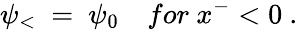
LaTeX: \psi_{<}~=~\psi_{0}~~~~for~x^{-}<0~.